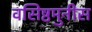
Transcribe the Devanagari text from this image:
वसिष्ठमुनीस